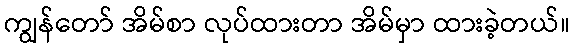
ကျွန်တော် အိမ်စာ လုပ်ထားတာ အိမ်မှာ ထားခဲ့တယ်။